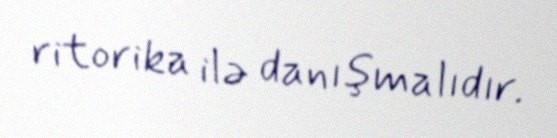
ritorika ilə danışmalıdır.